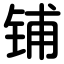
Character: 铺